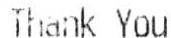
THANK YOU